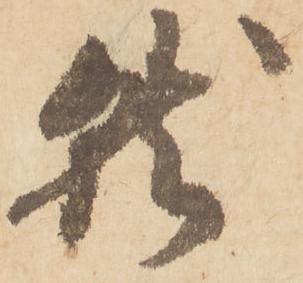
就